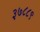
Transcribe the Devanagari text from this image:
३७८८९